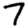
Digit: 7